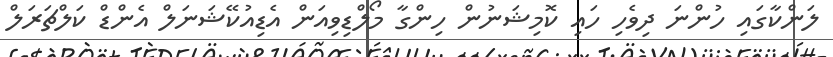
ލަންކާގައި ހުންނަ ދިވެހި ހައި ކޮމިޝަނުން ހިންގާ މޯލްޑިވިއަން އެޑިއުކޭޝަނަލް އެންޑް ކަލްޗަރަލް